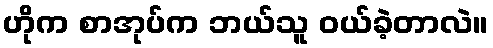
ဟိုက စာအုပ်က ဘယ်သူ ဝယ်ခဲ့တာလဲ။